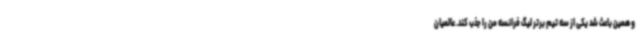
و همین باعث شد یکی از سه تیم برتر لیگ فرانسه من را جذب کند. عالمیان